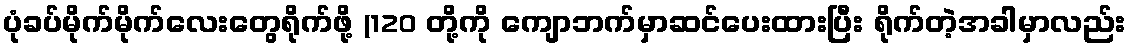
ပုံခပ်မိုက်မိုက်လေးတွေရိုက်ဖို့ (120 တို့ကို ကျောဘက်မှာဆင်ပေးထားပြီး ရိုက်တဲ့အခါမှာလည်း